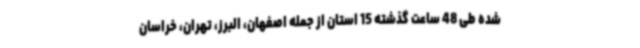
شده طی 48 ساعت گذشته 15 استان از جمله اصفهان، البرز، تهران، خراسان